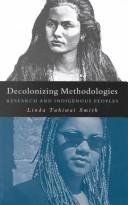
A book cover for Decolonizing Methodologies - Research And Indigenous Peoples; Linda Tuhiwai Smith; Politics & Social Sciences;